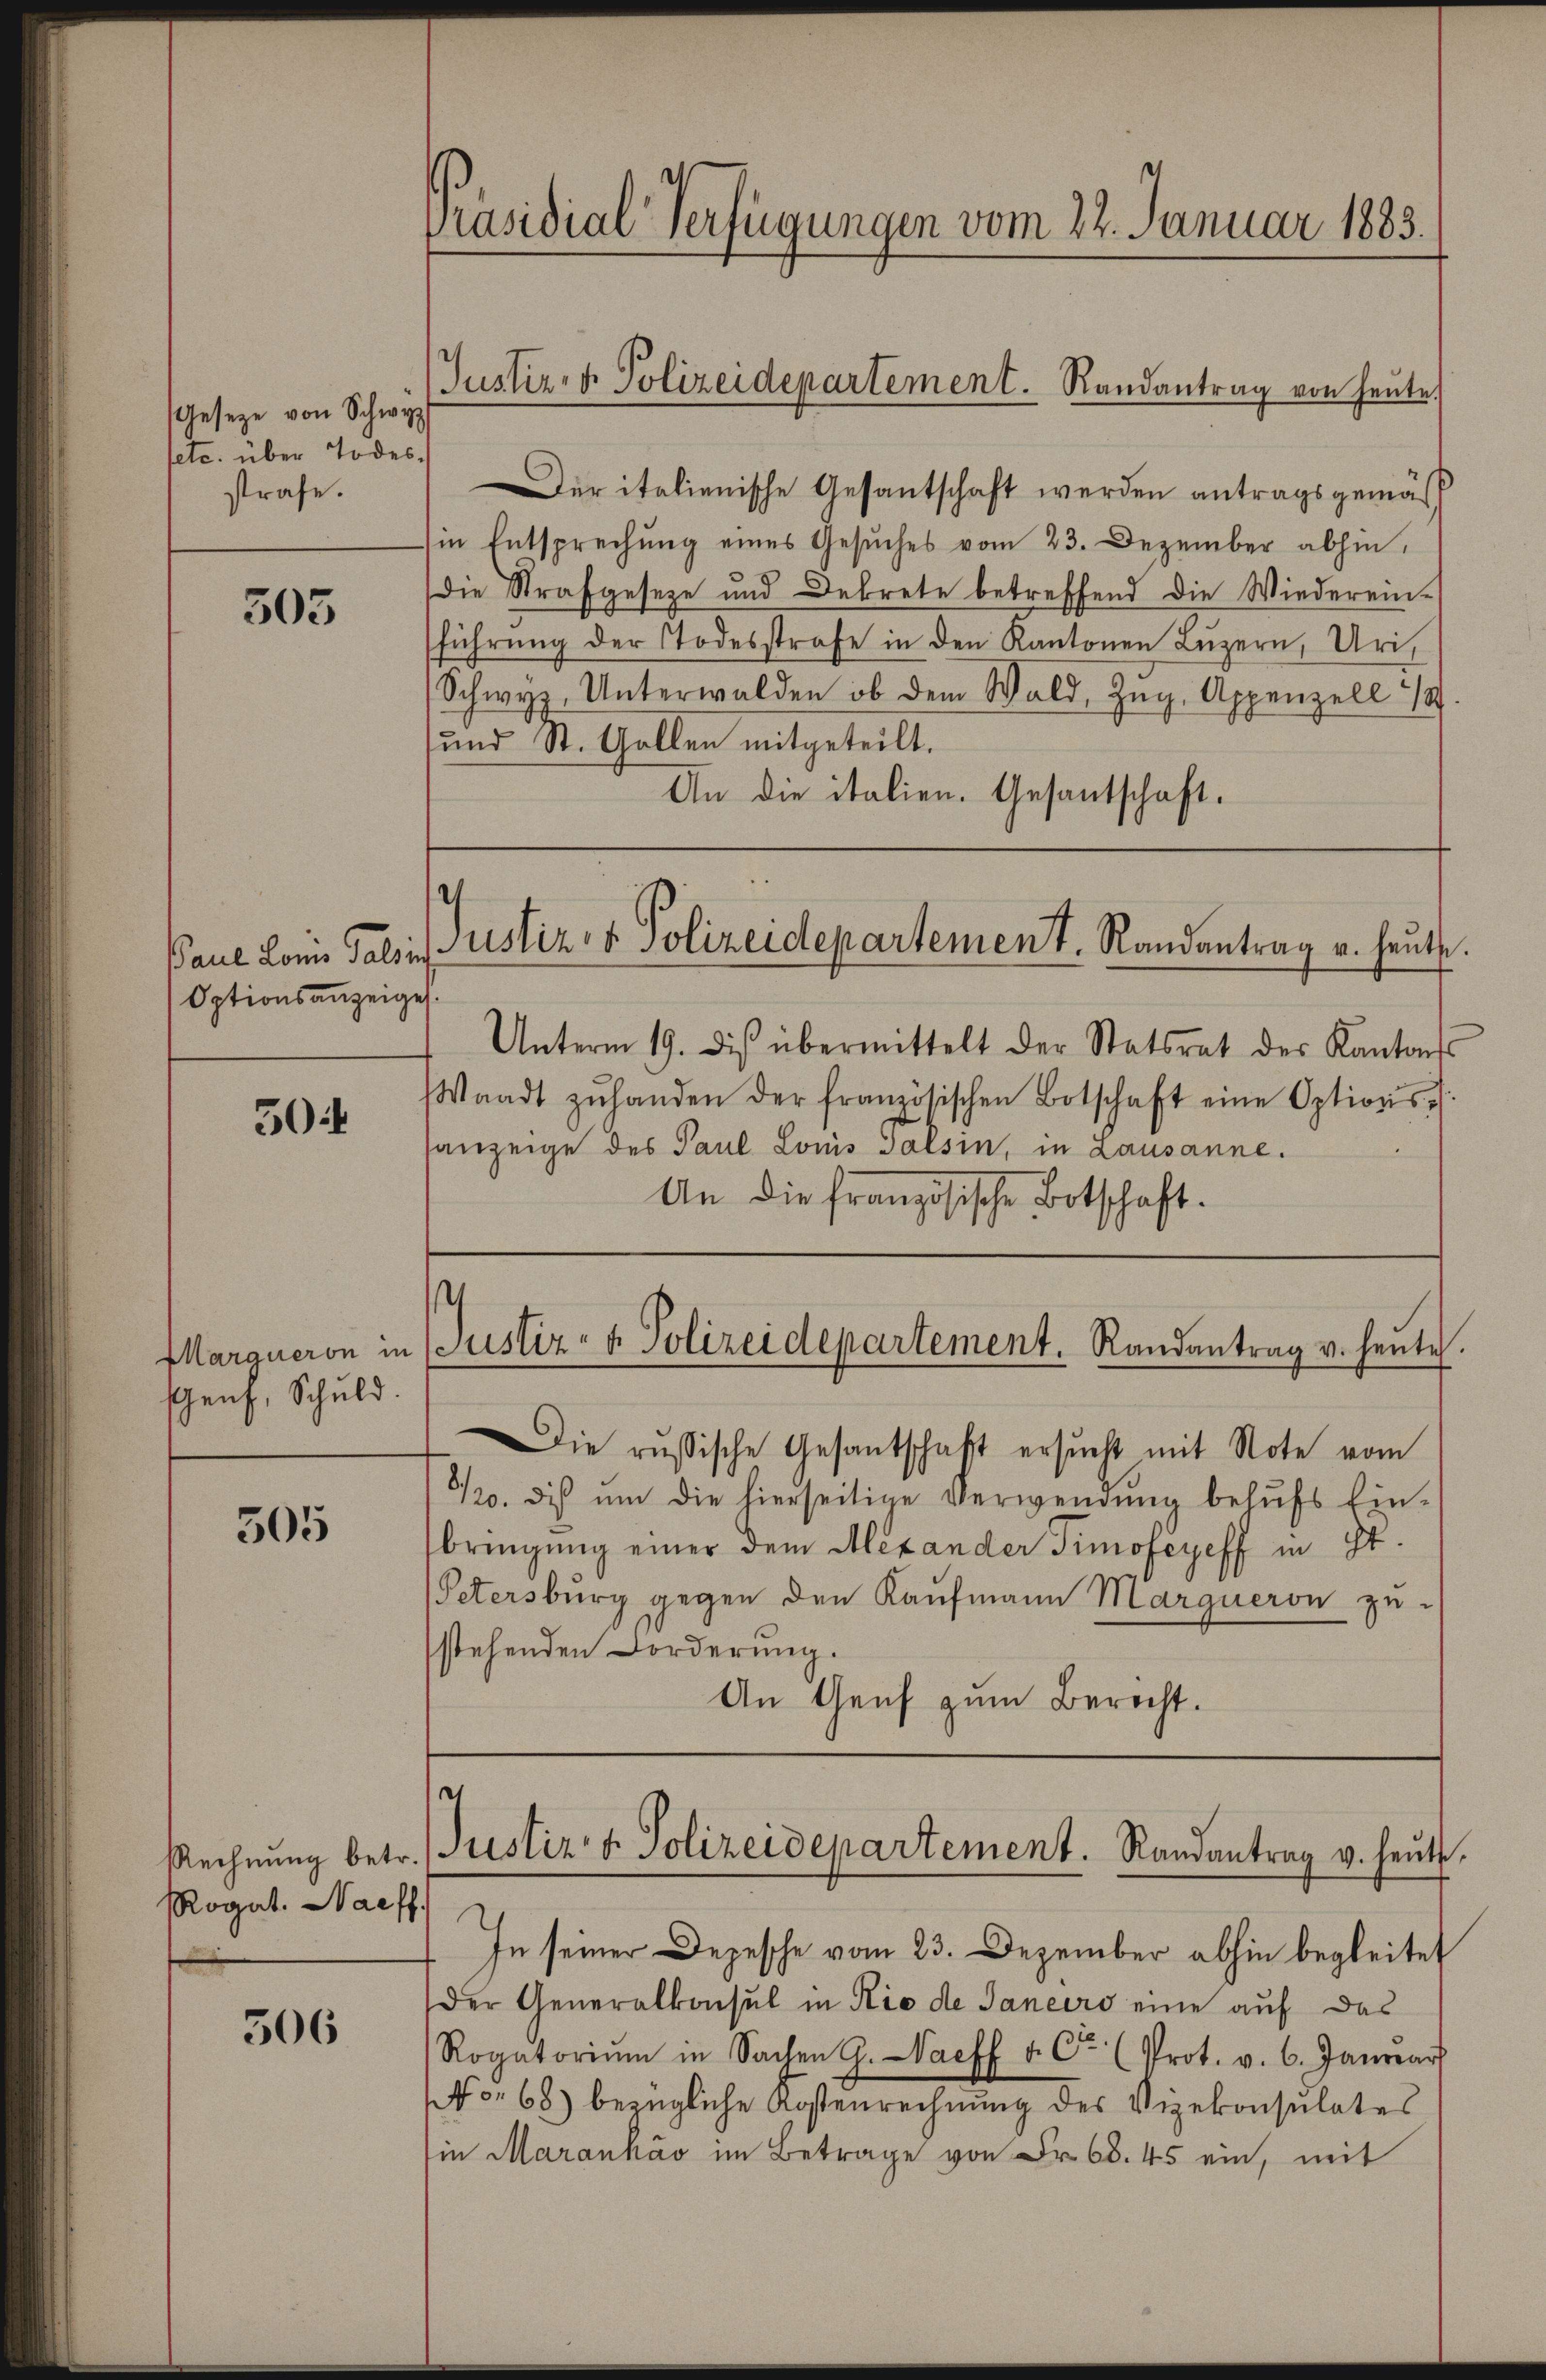
Gesetze von Schwyz
setc. über Todesstrafe.

505

Optionsanzeigel.

304

enz, Schuld.

305

Rogat. Naeff.

506

Präsidial-Verfügungen vom 22. Januar 1883.

Justiz- & Polizeidepartement. Randantrag von heute.

Der italienische Gesantschaft werden antragsgemäß
(in Entsprechŭng eines Gesŭches vom 23. Dezember abhin,
die Strafgeseze und Dekrete betreffend die Wiederein-
führŭng der Todesstrafe in den Kantonen Lŭzern, Uri,
Schwyz, Unterwalden ob dem Wald, Zug, Appenzell 18
und St. Gallen mitgeteilt.
An die italien. Gesantschaft.

Paue Korn Falsi Justiz- & Polizeidepartement. Randantrag u. heute.

Unterm 19. des übermittelt der Statsrat der Kantonss
Die russische Gesantschaft ersŭcht mit Note vom
½. dis ŭm die hierseitige Verwendung behŭfs Ein-
bringung einer dem Alexander Timofeyeff in St.
Petersburg gegen den Kaufmann Marqueron zu-
stehenden Forderung.
An Genf zum Berecht.

Waadt zŭ handen der französischen Botschaft eine Options-
sanzeige des Paul Louis Falsin, in Lausanne.
An die französische Botschaft.
¬
Margueron in (Justiz- & Polizeidepartement. Randantrag v. heute.

In seiner Depesche vom 23. Dezember abhin begleitet
Der Generalkonsul in Rio de Janeiro eine auf das
Rogatoriŭm in Sachen G. aeff v. Ce (Prot. v. 6. Januar
No 68) bezügliche Kostenrechnung des Vizekonsulates
in Marankáv im Betrage von Fr. 68. 45 ein, mit

e
Rechnŭng betr. (Justiz- & Polizeidepartement. Randantrag v. heŭte